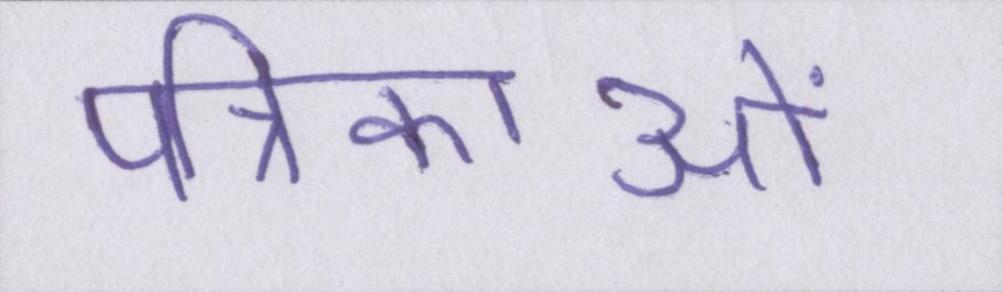
पत्रिकाओं